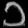
Digit: ၁